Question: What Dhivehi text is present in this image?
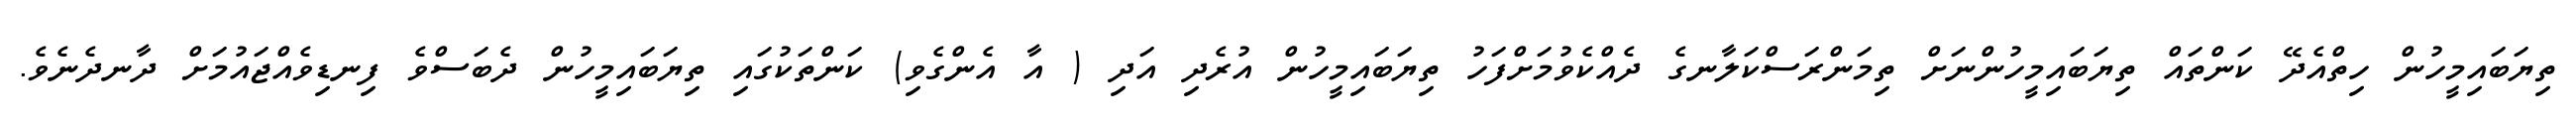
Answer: ތިޔަބައިމީހުން ހިތްއެދޭ ކަންތައް ތިޔަބައިމީހުންނަށް ތިމަންރަސްކަލާނގެ ދެއްކެވުމަށްފަހު ތިޔަބައިމީހުން އުރެދި އަދި ( އާ އެންގެވި) ކަންތަކުގައި ތިޔަބައިމީހުން ދެބަސްވެ ފިނޑިވެއްޖައުމަށް ދާނދެނެވެ.